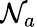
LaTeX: \mathcal{N}_{a}